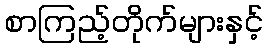
စာကြည့်တိုက်များနှင့်